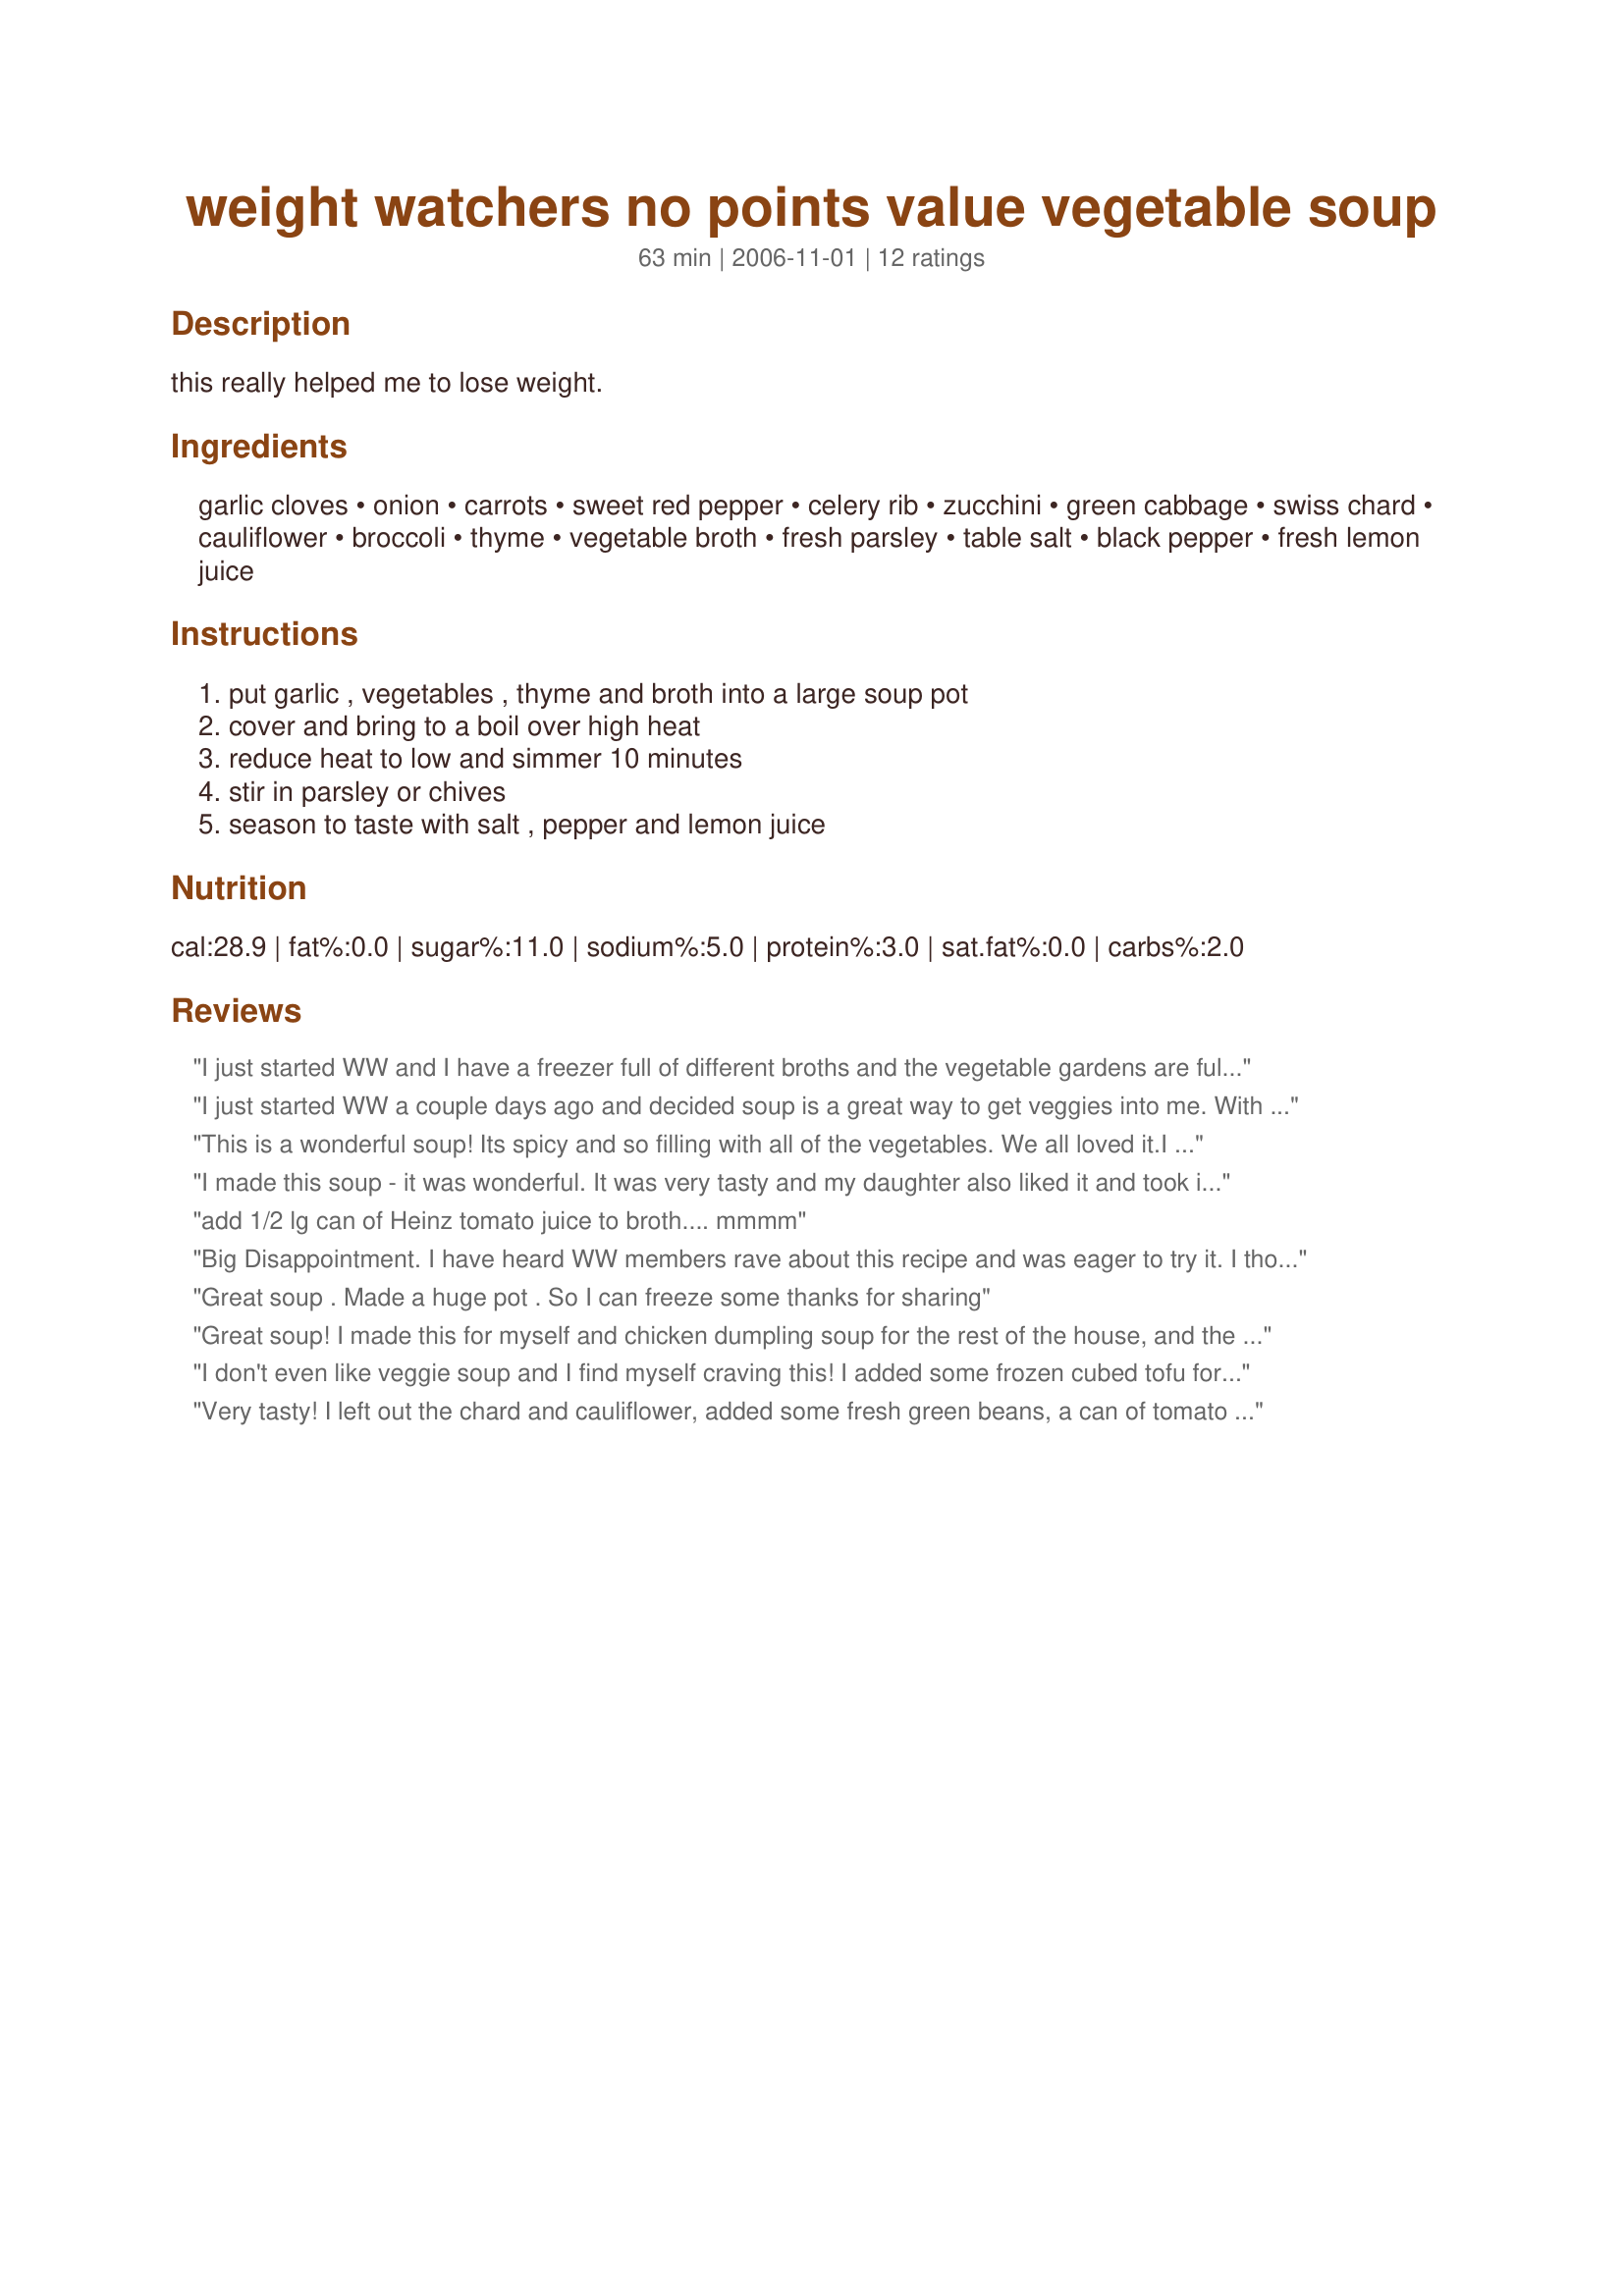
weight watchers no points value vegetable soup
Preparation time: 63 minutes

this really helped me to lose weight.

Ingredients:
garlic cloves, onion, carrots, sweet red pepper, celery rib, zucchini, green cabbage, swiss chard, cauliflower, broccoli, thyme, vegetable broth, fresh parsley, table salt, black pepper, fresh lemon juice

Steps:
put garlic , vegetables , thyme and broth into a large soup pot, cover and bring to a boil over high heat, reduce heat to low and simmer 10 minutes, stir in parsley or chives, season to taste with salt , pepper and lemon juice

Reviews:
I just started WW and I have a freezer full of different broths and the vegetable gardens are full so perfect soup time!! I didn't have broccoli so I added extra 2 cups swiss chard and a green pepper and also subbed in pork broth
I just started WW a couple days ago and decided soup is a great way to get veggies into me. With this recipe I have an extra bonus of no points.....and the most important part....O M G It is soooo good. I had chicken stock in the freezer so I used that instead of the veg. broth and I also put in a can of tomato paste. Thank you so very much for posting this great recipe. xo Kathy
This is a wonderful soup! Its spicy and so filling with all of the vegetables. We all loved it.<br/>I didn't put in the cauliflower or broc and it was great without it. Definitely a keeper.
I made this soup - it was wonderful. It was very tasty and my daughter also liked it and took it for lunch at school on a cold day! This is a keeper!! It was a little bit of work cutting up and cleaning all the veggies but it was well worth it! And the house smelled nice!
add 1/2 lg can of Heinz tomato juice to broth.... mmmm
Big Disappointment. I have heard WW members rave about this recipe and was eager to try it. I thought it was okay the first 2 bowls but after that I found it so bland that I threw it all in the garbage. Not sure if I did something wrong...
Great soup . Made a huge pot . So I can freeze some thanks for sharing
Great soup! I made this for myself and chicken dumpling soup for the rest of the house, and the boys all wanted what I was having! This says alot for your soup (it also says alot for my chicken dumpling soup!) Thanx for sharing tangletowngirl!
I don't even like veggie soup and I find myself craving this! I added some frozen cubed tofu for a bit of protein and even added some rice once, to add a bit more in the whole grain department. I suggest cooking the rice first and adding it last.
Very tasty! I left out the chard and cauliflower, added some fresh green beans, a can of tomato paste, a can of diced tomatoes, some rosemary, a bay leaf, and a little oregano. This was so good I ate it for 6 days straight, and I HATE veggies! Thanks for helping me get my daily dose in such a tasty way!
I just started WW and this really fills the spot!
What can I add? Yummy soup! :)
